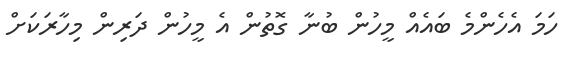
ހަމަ އެހެންމެ ބައެއް މީހުން ބުނާ ގޮތުން އެ މީހުން ދަރިން މިހާރަކަށް